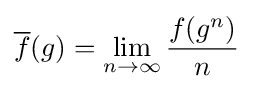
{\overline {f}}(g)=\lim _{n\to \infty }{\frac {f(g^{n})}{n}}